Annual statistical returns and brief notes on vaccination in Bengal - 1896-1909
Year: 1896
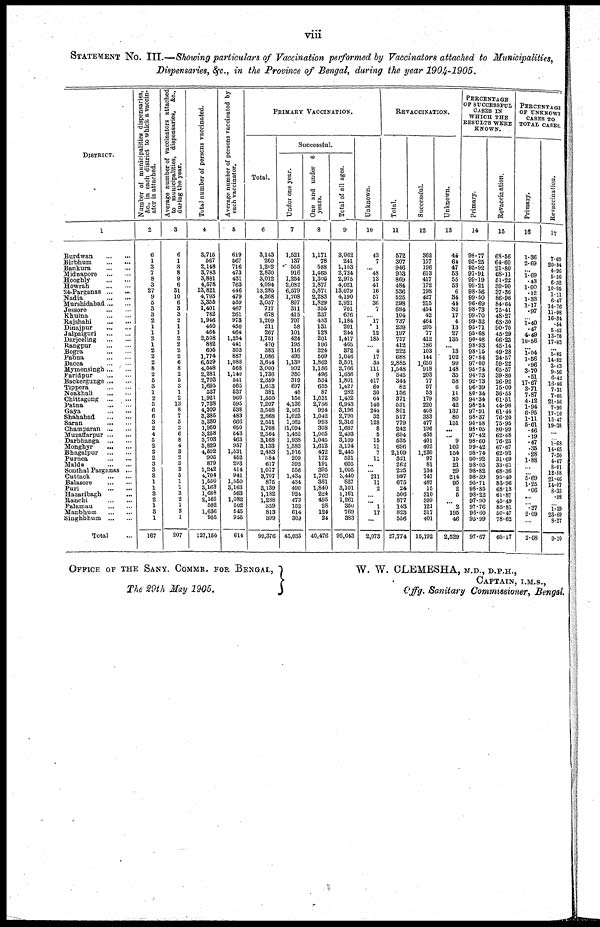
viii
STATEMENT No. III.—Showing particulars of Vaccination performed by Vaccinators attached to Municipalities,
Dispensaries, &c., in the Province of Bengal, during the year 1904-1905.
DISTRICT.
1
Burdwan
...
...
Birbhum
...
...
Bankura
...
...
Midnapore
...
...
Hooghly
...
...
Howrah
...
...
24-Parganas
...
...
Nadia
...
...
Murshidabad ... ...
Jeseore
...
...
Khulna
...
...
Rajshahi
...
...
Dinajpur
...
...
Jalpaiguri
...
...
Darjeeling ... ...
Rangpur
...
...
Bogra
...
...
Pabna
...
...
Dacca
...
...
Mymensingh ... ...
Faridpur
...
...
Backergunge ... ...
Tippera ... ...
Noakhali
...
...
Chittagong
...
...
Patna
...
...
Gaya
...
...
Shahabad
...
...
Saran
...
...
Champaran
...
...
Muzaffarpur
...
...
Darbhanga
...
...
Monghyr
...
...
Bhagalpur
...
...
Purnea
...
...
Malda
...
...
Sonthal Parganas ...
Cuttack
...
...
Balasore
...
...
Puri
...
...
Hazaribagh ...
Ranchi
...
...
Palamau
...
...
Manbhum
...
...
Singhbhum
...
...
Total ...
Number of municipalities dispensaries,
&c.,
in each district to which a vaccin-
ator is attached.
2
6
1
3
7
8
3
27
9
5
3
3
2
1
1
2
1
2
2
2
8
2
5
3
1
2
5
6
6
3
2
4
5
2
2
2
3
3
3
1
1
3
2
1
3
1
167
Average number of vaccinators attached
to municipalities, dispensaries, &c.,
during the year.
3
6
1
3
8
9
6
31
10
6
3
3
2
1
1
2
2
2
2
6
8
2
5
3
1
2
13
8
7
5
3
6
8
4
3
2
3
3
5
1
1
3
2
1
3
1
207
Total number of persons vaccinated.
4
3,715
567
2,148
3,783
3,881
4,678
13,821
4,793
3,355
1,401
782
1,916
450
464
2,508
882
605
1,774
6,529
4,548
2,281
2,703
1,695
537
1,921
7,738
4,309
3,386
3,330
1,950
3,268
3,703
3,829
4,592
905
879
1,242
4,704
1,550
3,163
1,688
2,165
502
1,636
955
127,150
Average number of persons vaccinated by
each vaccinator.
5
619
567
716
473
431
763
446
479
559
467
261
973
450
464
1,254
441
303
887
1,088
568
1,140
541
565
537
960
595
538
483
666
650
543
463
957
1,531
452
293
414
941
1,550
3,163
563
1,082
502
545
955
614
PRIMARY VACCINATION.
Total.
6
3,143
260
1,202
2,830
3,012
4,094
13,285
4,268
3,057
717
678
1,209
211
267
1,751
470
383
1,086
3,644
3,000
1,736
2,359
1,613
381
1,550
7,207
3,508
2,868
2,551
1,708
2,564
3,168
3,133
2,483
584
617
1,017
3,707
875
3,139
1,182
1,288
359
813
399
99,376
Successful.
Under one year.
7
1,521
137
555
916
1,254
2,082
6,579
1,708
807
311
415
707
58
101
424
195
116
495
1,139
992
350
319
697
48
156
4,136
2,161
1,623
1,262
1,094
1,452
1,938
1,383
1,916
209
393
556
1,434
434
490
924
473
152
614
309
45,035
One and under 6
years.
8
1,171
78
588
1,465
1,306
1,877
5,871
2,283
1,829
355
237
433
131
128
201
196
224
509
1,862
1,156
496
534
655
87
1,031
2,736
924
1,042
993
308
1,005
1,045
1,612
472
172
191
395
1,762
381
1,840
224
495
28
124
24
40,476
Total of all ages.
9
3,062
241
1,153
2,724
2,975
4,021
13,079
4,190
2,921
701
676
1,184
201
244
1,417
465
372
1,046
3,501
2,766
1,636
1,801
1,497
282
1,402
6,943
3,196
2,790
2,316
1,667
2,493
3,109
3,104
2,445
521
605
1,005
3,440
827
3,101
1,161
1,261
350
769
383
95,043
Unknown.
10
43
7
... 48
13
41
16
57
36
7
... 17
1
12
185
... 4
17
35
111
9
417
60
30
64
140
244
32
128
8
5
15
11
7
11
...
... 211
11
2
...
... 1
17
...
2,073
REVACCINATION.
Total.
11
572
307
946
953
869
484
536
625
298
684
104
737
239
197
757
412
222
688
2,885
1,548
545
344
82
156
371
531
801
517
779
242
694
535
696
2,109
321
262
225
997
675
24
506
877
143
823
556
27,774
Successful.
12
362
157
196
613
417
172
198
427
215
464
42
464
205
77
412
186
103
144
1,650
918
203
77
57
53
179
220
408
333
477
196
435
401
402
1,230
97
81
134
747
487
15
310
399
121
317
401
15,192
Unknown.
13
44
61
47
53
55
53
6
34
44
82
17
4
13
27
135
... 13
102
99
148
35
58
6
11
80
42
137
80
151
...
... 9
102
154
15
21
29
214
95
2
5
... 2
195
46
2,529
PERCENTAGE
OF SUCCESSFUL
CASES IN
WHICH THE
RESULTS WERE
KNOWN.
Primary.
14
98.77
95.25
95.92
97.91
99.19
99.21
98.56
99.50
96.69
98.73
99.70
99.32
95.71
95.68
90.48
98.93
98.15
97.84
97.00
95.74
94.73
92.73
96.39
80.34
94.34
98.24
97.91
98.37
95.58
98.05
97.42
98.60
99.42
98.74
90.92
98.05
98.82
98.39
95.71
98.85
98.22
97.90
97.76
96.60
95.99
97.67
Revaccination.
15
63.56
64.60
21.80
68.11
51.22
39.90
37.36
86.96
84.64
75.41
48.27
63.30
90.70
45.29
66.23
45.14
49.28
24.57
59.22
65.57
39.80
26.92
75.00
36.55
61.51
44.98
61.44
76.20
75.95
80.99
62.68
76.23
67.67
62.92
31.69
33.61
68.36
95.40
83.96
68.18
61.87
45.49
85.81
50.47
78.62
60.17
PERCENTAGE
OF UNKNOWN
CASES TO
TOTAL CASES.
Primary.
16
1.36
2.69
...
1.69
.43
1.00
.12
1.33
1.17
.97
... 1.40
.47
4.49
10.66
... 1.04
1.56
.96
3.70
.51
17.67
3.71
7.87
4.12
1.94
6.95
1.11
5.01
.46
.19
.47
.36
.28
1.88
...
... 5.69
1.25
.06
...
... .27
2.09
...
2.08
Revaccination.
17
7.69
20.84
4.96
5.56
6.32
10.95
1.11
6.47
14.76
11.98
16.34
.54
5.43
13.76
17.83
...
5.85
14.82
3.43
9.56
6.42
16.86
7.31
7.05
21.56
7.90
17.10
15.47
19.38
...
... 1.68
14.65
7.30
4.67
8.01
12.88
21.46
14.07
8.33
.98
... 1.39
23.69
8.27
9.10
OFFICE OF THE SANY. COMMR. FOR BENGAL,
The 29th May 1905.
W. W. CLEMESHA, M.D., D.P.H.,
CAPTAIN, I.M.S.,
Offg. Sanitary Commissioner, Bengal.